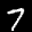
Label: 7